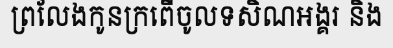
ព្រលែងកូនក្រពើចូលទសិណអង្គរ និង